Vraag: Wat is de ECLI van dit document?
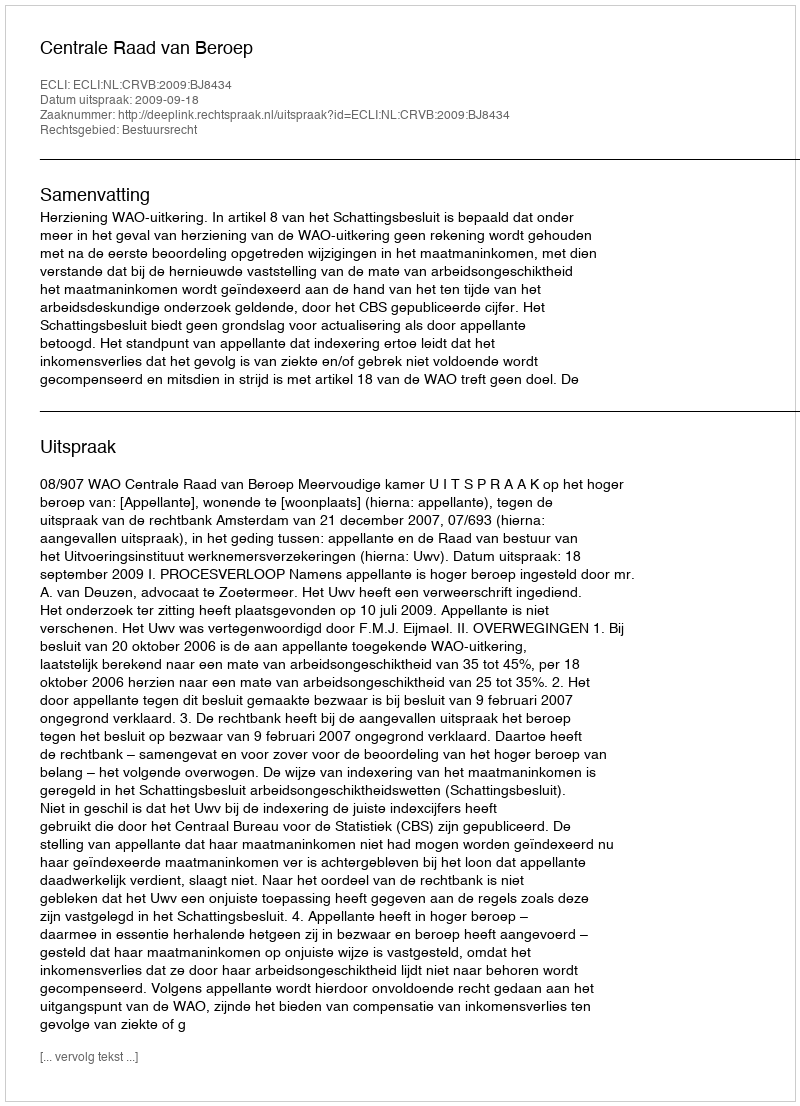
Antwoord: ECLI:NL:CRVB:2009:BJ8434